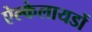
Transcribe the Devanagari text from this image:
ऐल्केलायडों